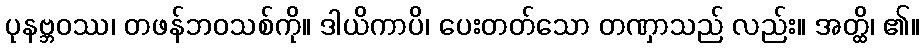
ပုနဗ္ဘဝဿ၊ တဖန်ဘဝသစ်ကို။ ဒါယိကာပိ၊ ပေးတတ်သော တဏှာသည် လည်း။ အတ္ထိ၊ ၏။